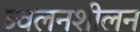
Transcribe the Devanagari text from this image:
ज्वलनशीलन